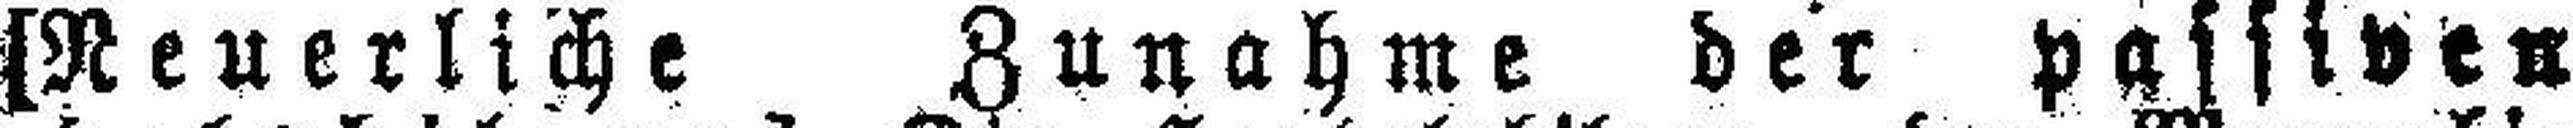
[Neuerliche Zunahme der passiven